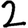
Digit: 2